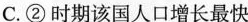
C.②时期该国人口增长最快 ①②③④时间